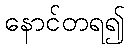
နောင်တရ၍